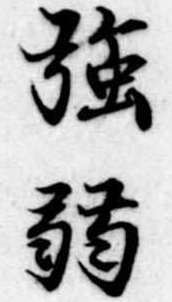
強弱